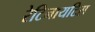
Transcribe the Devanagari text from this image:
रेटिनायटिस